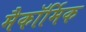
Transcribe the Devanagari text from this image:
मैकॉर्मिक